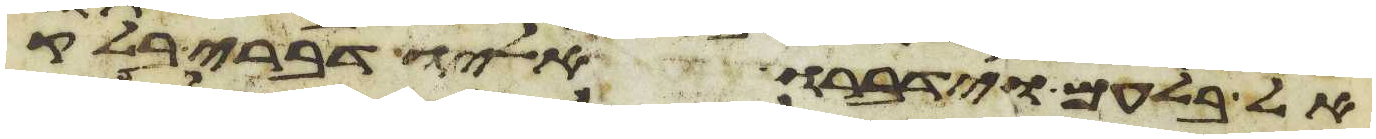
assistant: אל בלעם וידברו אליו דברי בלק